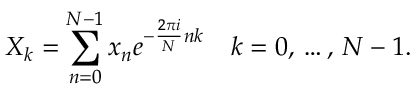
X _ { k } = \sum _ { n = 0 } ^ { N - 1 } x _ { n } e ^ { - { \frac { 2 \pi i } { N } } n k } \quad k = 0 , \, \dots , \, N - 1 .